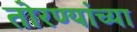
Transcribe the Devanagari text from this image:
तोरण्यांच्या